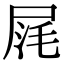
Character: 𡱤